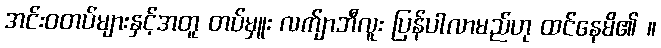
အင်းဝတပ်များနှင့်အတူ တပ်မှူး လက်ျာဘီလူး ပြန်ပါလာမည်ဟု ထင်နေမိ၏ ။